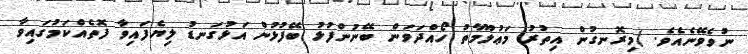
ނުވެވޭނެއެވެ. (މިރޮނގުން އިތުރު މަޢުލޫމާތު ހޯއްދަވަން ބޭނުންފުޅު ބޭފުޅުން އަޅުގަނޑު ލިޔެފައިވާ ފޮތެއްކަމުގައިވާ